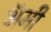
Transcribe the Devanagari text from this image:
अॅमी